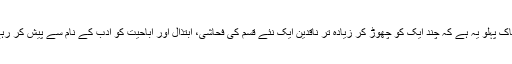
افسوسناک پہلو یہ ہے کہ چند ایک کو چھوڑ کر زیادہ تر ناقدین ایک نئے قسم کی فحاشی، ابتذال اور اباحیت کو ادب کے نام سے پیش کر رہے ہیں۔